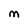
Character: M